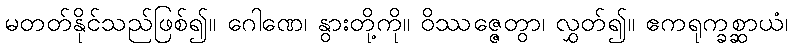
မတတ်နိုင်သည်ဖြစ်၍။ ဂေါဏေ၊ နွားတို့ကို။ ဝိဿဇ္ဇေတွာ၊ လွှတ်၍။ ဧကရုက္ခစ္ဆာယံ၊